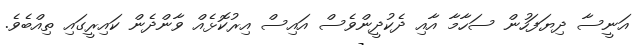
އަނީސާ ދިޔަފަހުން ސަހާމާ އާއި ދެކުދީންވެސް އައިސް އިރުކޮޅެއް ވާންދެން ކައިރީގައި ތިއްބެވެ.